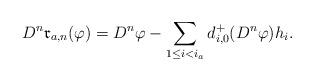
LaTeX: \begin{align*}D^{n}\mathfrak{r}_{a,n}(\varphi)=D^{n}\varphi-\sum_{1\leq i<i_a}d^+_{i,0}(D^n\varphi)h_{i}.\end{align*}